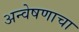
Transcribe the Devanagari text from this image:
अन्वेषणाचा